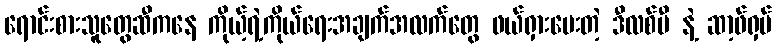
ရောင်းစားသူတွေဆီကနေ ကိုယ့်ရဲ့ကိုယ်ရေးအချက်အလက်တွေ ဖယ်ရှားပေးတဲ့ ဒီလစ်မီ နဲ့ ဆာ့ဖ်ရှပ်